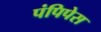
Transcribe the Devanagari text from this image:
पंपिपेस